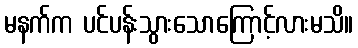
မနက်က ပင်ပန်းသွားသောကြောင့်လားမသိ။